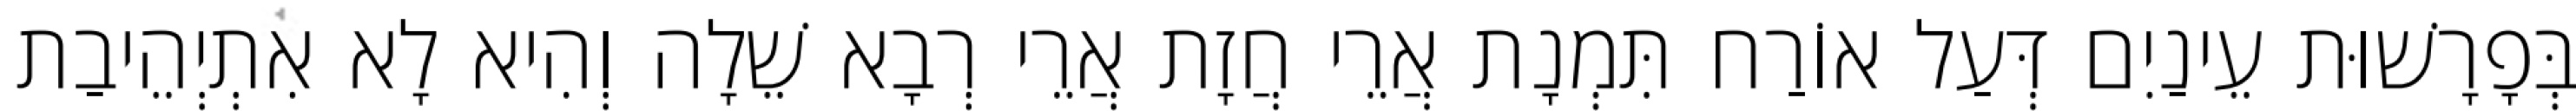
בְּפָרָשׁוּת עֵינַיִם דְּעַל אוֹרַח תִּמְנָת אֲרֵי חֲזָת אֲרֵי רְבָא שֵׁלָה וְהִיא לָא אִתְיְהֵיבַת